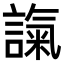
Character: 𧪢